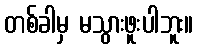
တစ်ခါမှ မသွားဖူးပါဘူး။